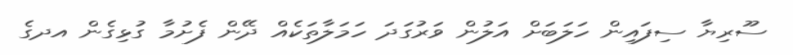
ސޫރިޔާ ސިފައިން ހަލަބަށް އަލުން ވަރުގަދަ ހަމަލާތަކެއް ދޭން ފެށުމާ ގުޅިގެން އދގެ